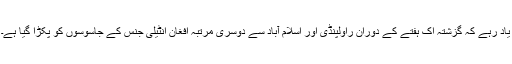
یاد رہے کہ گزشتہ اک ہفتے کے دوران راولپنڈی اور اسلام آباد سے دوسری مرتبہ افغان انٹیلی جنس کے جاسوسوں کو پکڑا گیا ہے۔